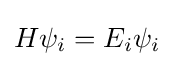
H\psi _{i}=E_{i}\psi _{i}